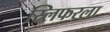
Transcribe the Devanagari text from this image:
स्लिफरला